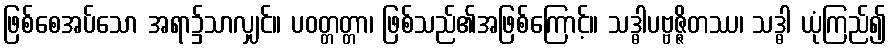
ဖြစ်စေအပ်သော အရာ၌သာလျှင်။ ပဝတ္တတ္တာ၊ ဖြစ်သည်၏အဖြစ်ကြောင့်။ သဒ္ဓါပဗ္ဗဇ္ဇိတဿ၊ သဒ္ဓါ ယုံကြည်၍